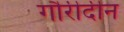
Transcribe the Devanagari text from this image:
गौरीदीन